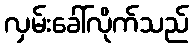
လှမ်းခေါ်လိုက်သည်